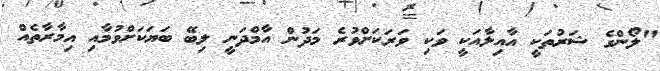
"ލޯންގެ ޝަރުތަކީ އާއިލާއަކީ ވަކި ވަރަކަށްވުރެ މަދުން އާމްދަނީ ލިބޭ ބަޔަކަށްވުމާއި އިމާރާތެއް